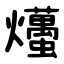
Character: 爡